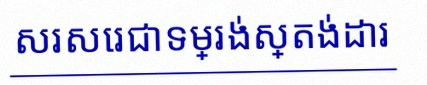
សរសេរជាទម្រង់ស្តង់ដារ